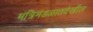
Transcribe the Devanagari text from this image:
मंत्रिमंडळातदेखील